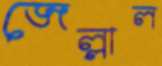
জেল্লাল